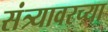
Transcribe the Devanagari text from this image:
संत्र्यावरच्या